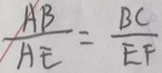
\frac { A B } { E F } = \frac { B C } { E F }